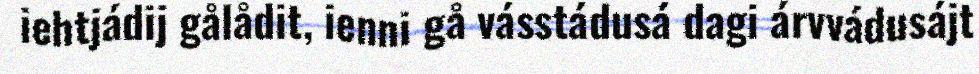
iehtjádij gålådit, ienni gå vásstádusá dagi árvvádusájt